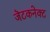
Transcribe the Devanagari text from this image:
जॆटकनेक्ट